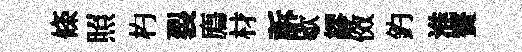
條照杓裂廌材訴歇繆傚釣淮贅